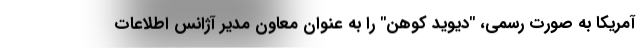
آمریکا به صورت رسمی، "دیوید کوهن" را به عنوان معاون مدیر آژانس اطلاعات